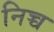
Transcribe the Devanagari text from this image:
निच्च